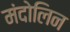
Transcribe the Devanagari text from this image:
मंदोलिन